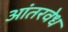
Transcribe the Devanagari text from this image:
आंतरवेध